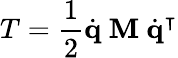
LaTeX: T={\frac{1}{2}}{\dot{\mathbf{q}}}\ \mathbf{M}\ {\dot{\mathbf{q}}}^{\intercal}